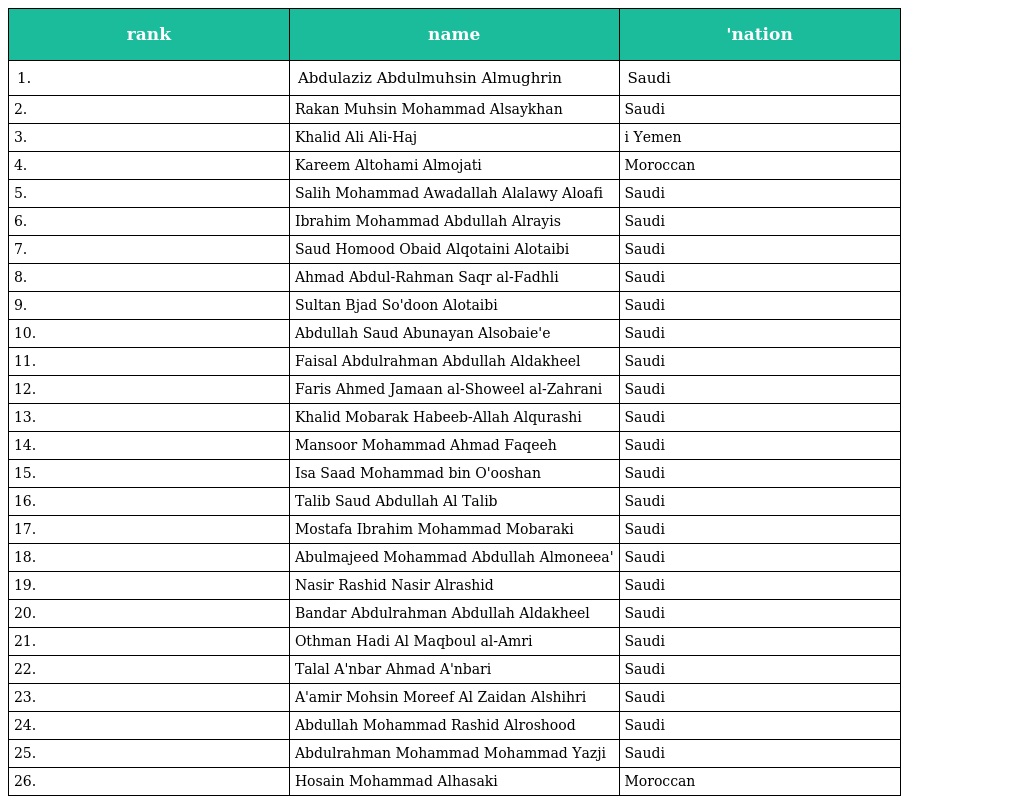
| rank | name | 'nation |
 | --- | --- | --- |
 | 1. | Abdulaziz Abdulmuhsin Almughrin | Saudi |
 | 2. | Rakan Muhsin Mohammad Alsaykhan | Saudi |
 | 3. | Khalid Ali Ali-Haj | i Yemen |
 | 4. | Kareem Altohami Almojati | Moroccan |
 | 5. | Salih Mohammad Awadallah Alalawy Aloafi | Saudi |
 | 6. | Ibrahim Mohammad Abdullah Alrayis | Saudi |
 | 7. | Saud Homood Obaid Alqotaini Alotaibi | Saudi |
 | 8. | Ahmad Abdul-Rahman Saqr al-Fadhli | Saudi |
 | 9. | Sultan Bjad So'doon Alotaibi | Saudi |
 | 10. | Abdullah Saud Abunayan Alsobaie'e | Saudi |
 | 11. | Faisal Abdulrahman Abdullah Aldakheel | Saudi |
 | 12. | Faris Ahmed Jamaan al-Showeel al-Zahrani | Saudi |
 | 13. | Khalid Mobarak Habeeb-Allah Alqurashi | Saudi |
 | 14. | Mansoor Mohammad Ahmad Faqeeh | Saudi |
 | 15. | Isa Saad Mohammad bin O'ooshan | Saudi |
 | 16. | Talib Saud Abdullah Al Talib | Saudi |
 | 17. | Mostafa Ibrahim Mohammad Mobaraki | Saudi |
 | 18. | Abulmajeed Mohammad Abdullah Almoneea' | Saudi |
 | 19. | Nasir Rashid Nasir Alrashid | Saudi |
 | 20. | Bandar Abdulrahman Abdullah Aldakheel | Saudi |
 | 21. | Othman Hadi Al Maqboul al-Amri | Saudi |
 | 22. | Talal A'nbar Ahmad A'nbari | Saudi |
 | 23. | A'amir Mohsin Moreef Al Zaidan Alshihri | Saudi |
 | 24. | Abdullah Mohammad Rashid Alroshood | Saudi |
 | 25. | Abdulrahman Mohammad Mohammad Yazji | Saudi |
 | 26. | Hosain Mohammad Alhasaki | Moroccan |